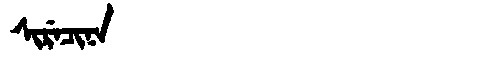
Manchu: ᠰᡳᡵᡝᠴᡳᠨᠠ
Romanization: SIRECINA